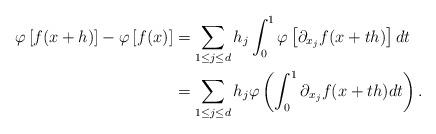
LaTeX: \begin{align*} \varphi\left[ f(x+h)\right] - \varphi\left[ f(x)\right] & = \sum_{1\leq j \leq d} h_j \int_0^1 \varphi\left[\partial_{x_j} f(x+th)\right]dt \\& = \sum_{1\leq j \leq d} h_j \varphi\left( \int_0^1 \partial_{x_j} f(x+th)dt\right). \end{align*}